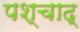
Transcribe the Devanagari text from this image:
पश्चाद्